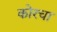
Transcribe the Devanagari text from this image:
कोरचा